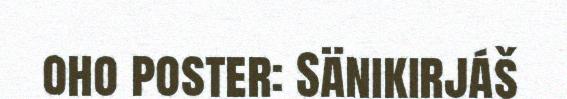
oho poster: Sänikirjáš